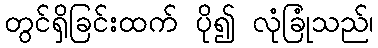
တွင်ရှိခြင်းထက် ပို၍ လုံခြုံသည်၊